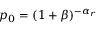
p _ { 0 } = ( 1 + \beta ) ^ { - \alpha _ { r } }